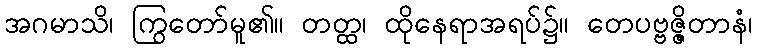
အဂမာသိ၊ ကြွတော်မူ၏။ တတ္ထ၊ ထိုနေရာအရပ်၌။ တေပဗ္ဗဇ္ဇိတာနံ၊